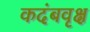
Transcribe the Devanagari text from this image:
कदंबवृक्ष